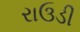
રાઉડી